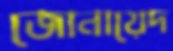
জোনায়েদ